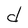
Character: d